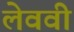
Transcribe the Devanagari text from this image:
लेववी